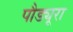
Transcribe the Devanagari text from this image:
पौड्यूरा